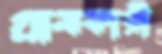
গ্রাসকারী